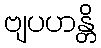
ဗျပဟန္တိ